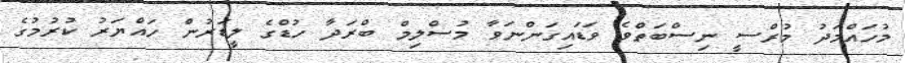
މުހައްމަދު މުރްސީ ނިސްބަތްވެ ވަޑައިގަންނަވާ މުސްލިމް ބްރަދާ ހުޑްގެ ލީޑަރުން ހައްޔަރު ކުރުމުގެ